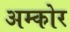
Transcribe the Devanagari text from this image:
अम्कोर